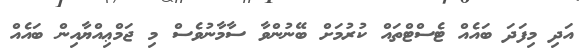
އަދި މިފަދަ ބައެއް ޓެސްޓްތައް ކުރުމަށް ބޭނުންވާ ސާމާނުވެސް މި ޖަމްޢިއްޔާއިން ބައެއް